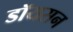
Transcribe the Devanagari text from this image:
डॉयसन